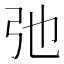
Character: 弛